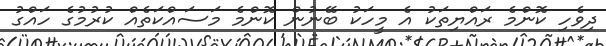
ދިވެހި ކޮންމެ ރައްޔިތަކު އެ މީހަކު ބޭނުން ކޮންމެ މަސައްކަތެއް ކުރުމުގެ ހައްގު